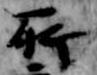
所